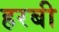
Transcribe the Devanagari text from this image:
हरबी